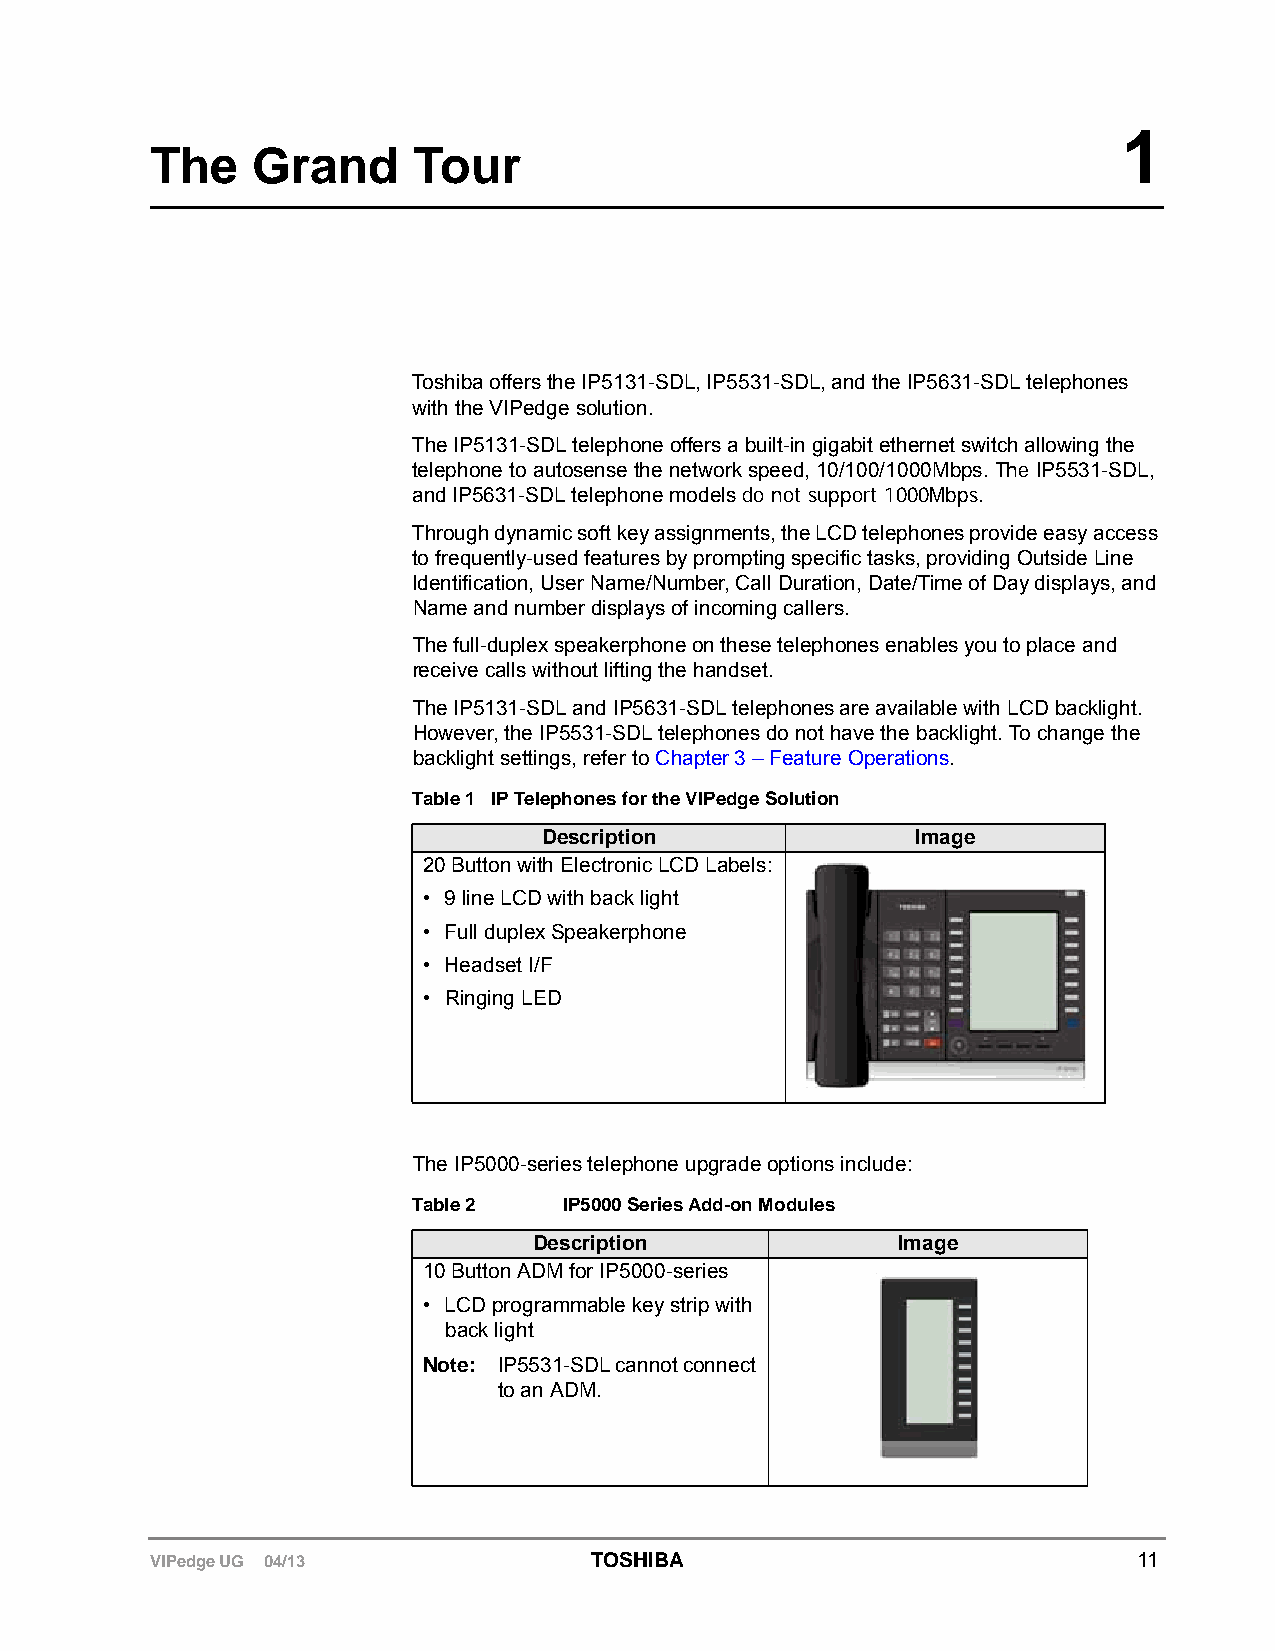
1
 The    Grand     Tour
 Toshiba offers the IP5131-SDL, IP5531-SDL, and the IP5631-SDL telephones
 with the VIPedge solution.
 The IP5131-SDL telephone offers a built-in gigabit ethernet switch allowing the
 telephone to autosense the network speed, 10/100/1000Mbps. The IP5531-SDL,
 and IP5631-SDL telephone models do not support 1000Mbps.
 Through dynamic soft key assignments, the LCD telephones provide easy access
 to frequently-used features by prompting specific tasks, providing Outside Line
 Identification, User Name/Number, Call Duration, Date/Time of Day displays, and
 Name and number displays of incoming callers.
 The full-duplex speakerphone on these telephones enables you to place and
 receive calls without lifting the handset.
 The IP5131-SDL and IP5631-SDL telephones are available with LCD backlight.
 However, the IP5531-SDL telephones do not have the backlight. To change the
 backlight settings, refer to Chapter 3 – Feature Operations.
 Table 1 IP Telephones for the VIPedge Solution
 Description              Image
 20 Button with Electronic LCD Labels:
 • 9 line LCD with back light
 • Full duplex Speakerphone
 • Headset I/F
 • Ringing LED
 The IP5000-series telephone upgrade options include:
 Table 2   IP5000 Series Add-on Modules
 Description             Image
 10 Button ADM for IP5000-series
 • LCD programmable key strip with
 back light
 Note: IP5531-SDL cannot connect
 to an ADM.
 VIPedge UG 04/13             TOSHIBA                             11